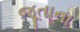
જૂતાના